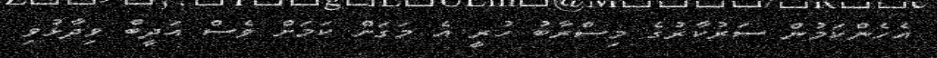
އެހެންކަމުން ސަރުކާރުގެ މިސްރާބު ހުރީ އެ މަގަށް ކަމަށް ވެސް އަދީބް ވިދާޅުވި